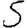
Digit: 5